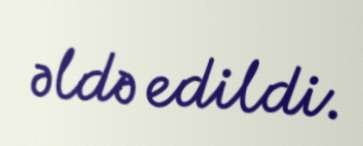
əldə edildi.